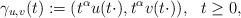
\begin{align*}\gamma_{u,v}(t):=(t^{\alpha}u(t\cdot),t^{\alpha}v(t\cdot)),\ \ t\geq0,\end{align*}